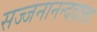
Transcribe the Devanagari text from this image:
सज्जनानन्ददाता